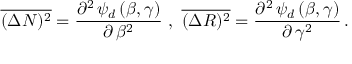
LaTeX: \overline { { { ( \Delta N ) ^ { 2 } } } } = \frac { \partial ^ { 2 } \, \psi _ { d } \, ( \beta , \gamma ) } { \partial \, \beta ^ { 2 } } \ , \ \overline { { { ( \Delta { \cal R } ) ^ { 2 } } } } = \frac { \partial ^ { 2 } \, \psi _ { d } \, ( \beta , \gamma ) } { \partial \, \gamma ^ { 2 } } \, .